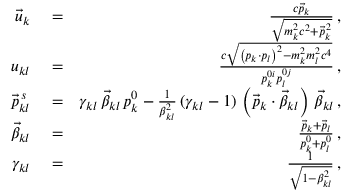
\begin{array} { r l r } { \vec { u } _ { k } } & { { } = } & { \frac { c \vec { p } _ { k } } { \sqrt { m _ { k } ^ { 2 } c ^ { 2 } + \vec { p } _ { k } ^ { \, 2 } } } \, , } \\ { u _ { k l } } & { { } = } & { \frac { c \sqrt { \left( p _ { k } \cdot p _ { l } \right) ^ { 2 } - m _ { k } ^ { 2 } m _ { l } ^ { 2 } c ^ { 4 } } } { p _ { k } ^ { 0 i } p _ { l } ^ { 0 j } } \, , } \\ { \vec { p } _ { k l } ^ { \, s } } & { { } = } & { \gamma _ { k l } \, \vec { \beta } _ { k l } \, p _ { k } ^ { 0 } - \frac { 1 } { \beta _ { k l } ^ { 2 } } \, ( \gamma _ { k l } - 1 ) \, \left( \vec { p } _ { k } \cdot \vec { \beta } _ { k l } \right) \, \vec { \beta } _ { k l } \, , } \\ { \vec { \beta } _ { k l } } & { { } = } & { \frac { \vec { p } _ { k } + \vec { p } _ { l } } { p _ { k } ^ { 0 } + p _ { l } ^ { 0 } } \, , } \\ { \gamma _ { k l } } & { { } = } & { \frac { 1 } { \sqrt { 1 - \beta _ { k l } ^ { 2 } } } \, , } \end{array}